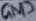
Text: GND